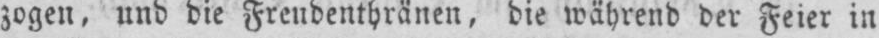
zogen, und die Freudenthränen, die während der Feier in